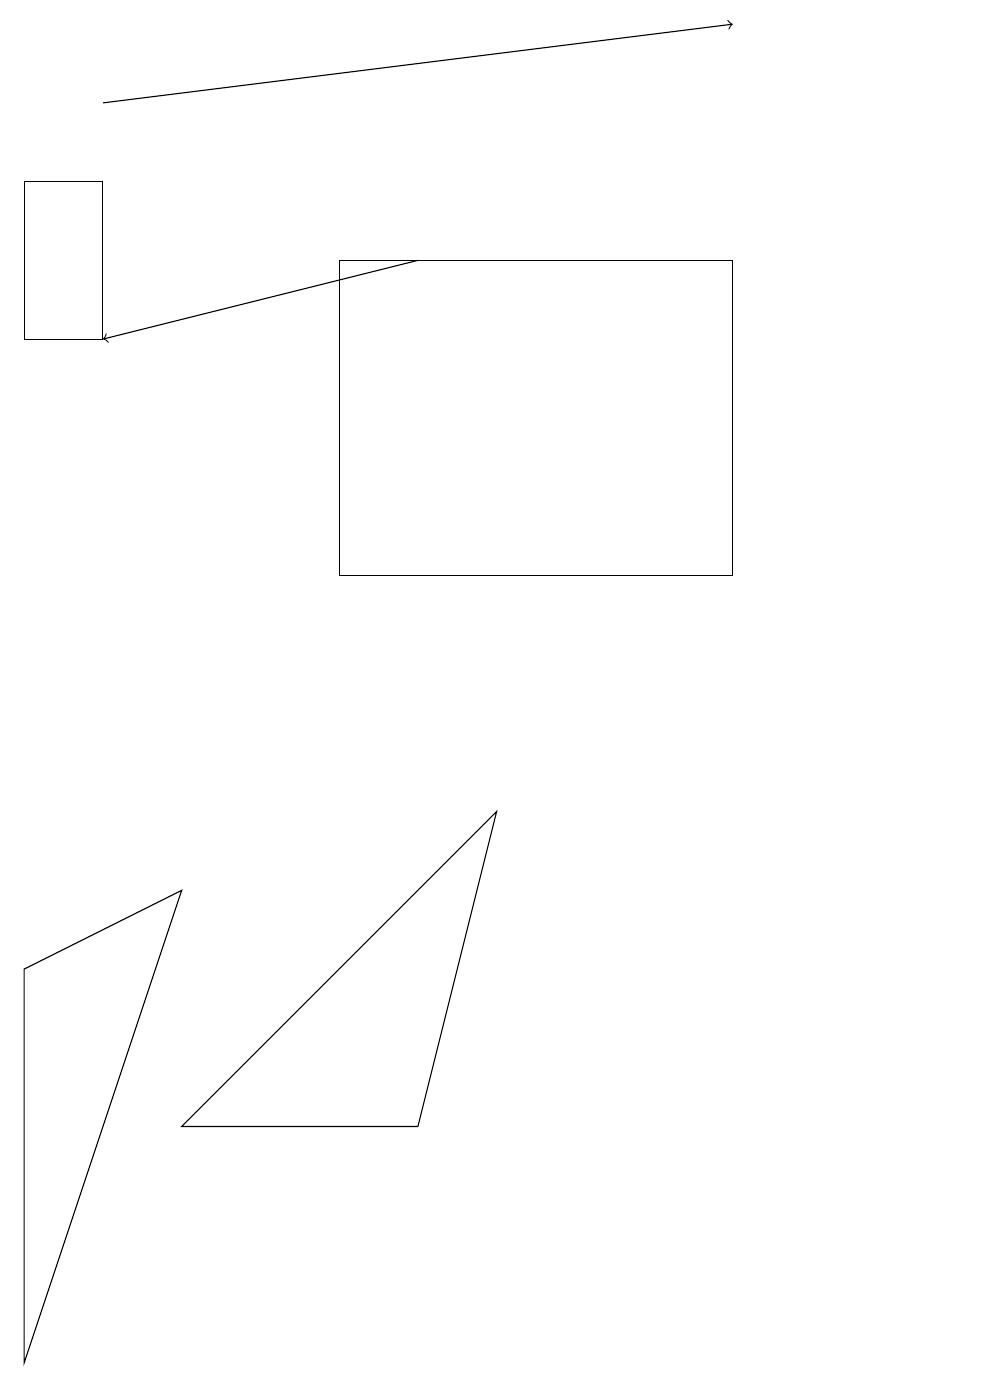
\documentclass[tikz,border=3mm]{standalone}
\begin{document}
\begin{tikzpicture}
\draw (6,8) -- (5,4) -- (2,4) -- cycle;
\draw (0,1) -- (0,6) -- (2,7) -- cycle;
\draw (1,16) rectangle (0,14);
\draw[->] (5,15) -- (1,14);
\draw[->] (1,17) -- (9,18);
\draw (4,15) rectangle (9,11);
\draw (12,11) circle (0);
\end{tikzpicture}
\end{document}